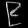
Digit: ၉